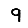
Digit: 9